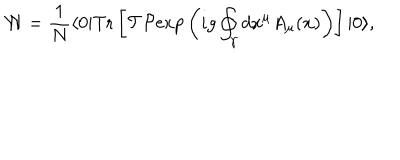
LaTeX: { \cal W } = { \frac { 1 } { N } } \langle 0 | \mathrm { T r } \left[ { \cal T } { \cal P } \mathrm { e x p } \left( i g \oint _ { \gamma } d x ^ { \mu } A _ { \mu } ( x ) \right) \right] | 0 \rangle ,